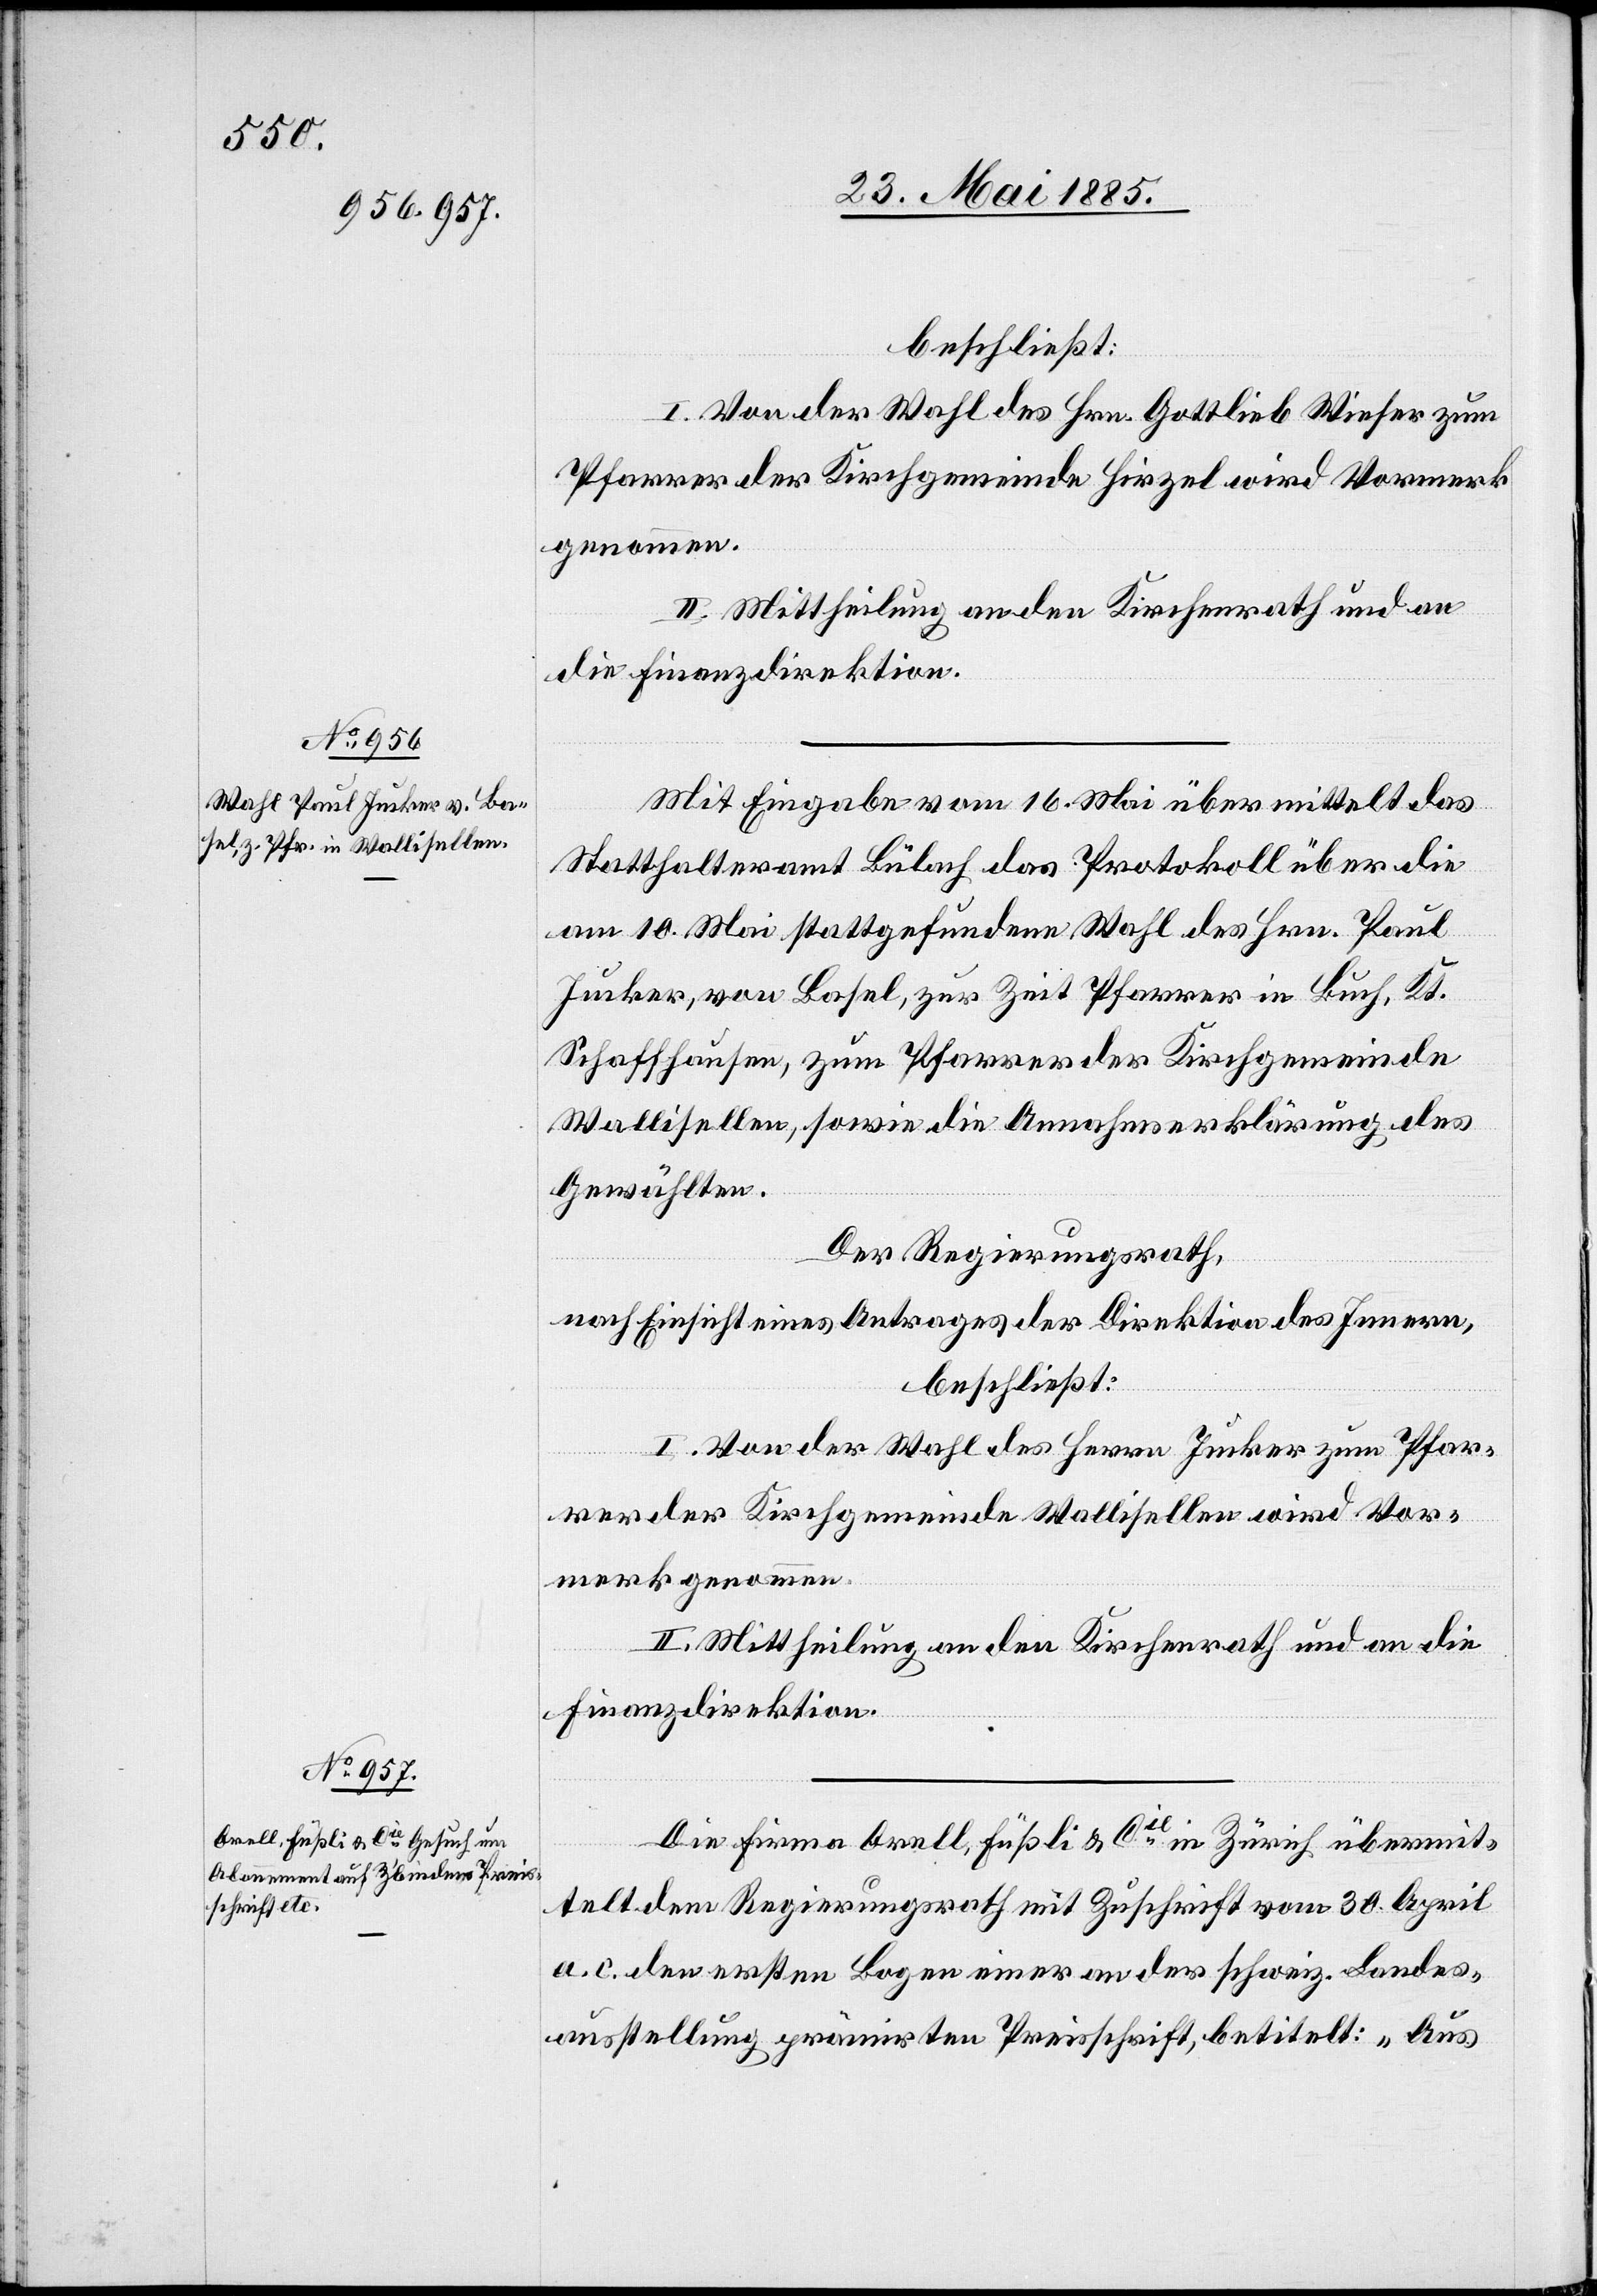
beschließt
I. Von der Wahl des Hrn. Gottlieb Wieser zum
Pfarrer der Kirchgemeinde Hirzel wird Vormerk
genommen.
II. Mittheilung an den Kirchenrath und an
die Finanzdirektion.
Mit Eingabe am 16. Mai übermittelt das
Statthalteramt Bülach das Protokoll über die
am 10. Mai stattgefundene Wahl des Hrn. Paul
Jucker, von Basel, zur Zeit Pfarrer in Buch, Kt.
Schaffhausen, zum Pfarrer der Kirchgemeinde
Wallisellen, sowie die Annahmserklärung des
Gewählten.
Der Regierungsrath,
nach Einsicht eines Antrages der Direktion des Innern,
beschließt:
I. Von der Wahl des Herrn Jucker zum Pfar¬
rer der Kirchgemeinde Wallisellen wird Vor¬
merk genommen.
II. Mittheilung an den Kirchenrath und an die
Finanzdirektion.
Die Firma Orell, Füßli & Cie in Zürich übermit¬
telt dem Regierungsrath mit Zuschrift vom 30. April
a. c. den ersten Bogen einer an der schweiz. Landes¬
ausstellung prämirten Preisschrift, betitelt: „Aus